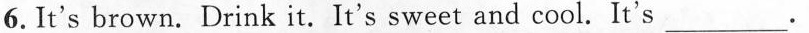
6. It's brown. Drink it.It's sweet and cool. It's ___.